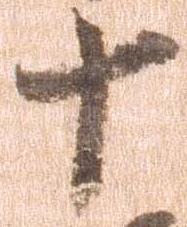
十